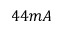
4 4 m A